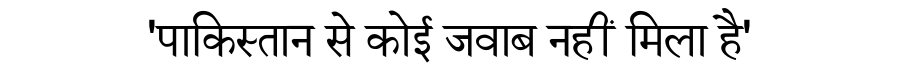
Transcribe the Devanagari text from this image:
'पाकिस्तान से कोई जवाब नहीं मिला है'